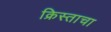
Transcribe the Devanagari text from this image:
क्रिस्ताचा